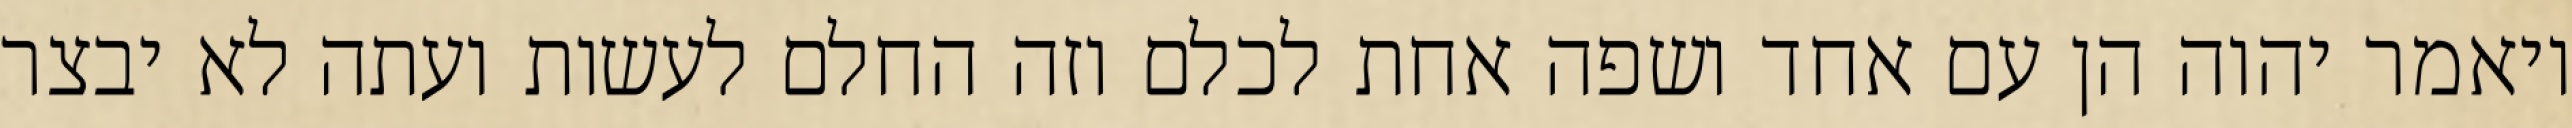
ויאמר יהוה הן עם אחד ושפה אחת לכלם וזה החלם לעשות ועתה לא יבצר